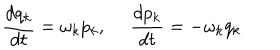
LaTeX: \frac { d q _ { k } } { d t } = \omega _ { k } p _ { k } , ~ ~ \frac { d p _ { k } } { d t } = - \omega _ { k } q _ { k }